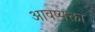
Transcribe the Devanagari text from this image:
आवष्यक्ता